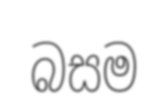
බසම